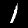
Label: 1